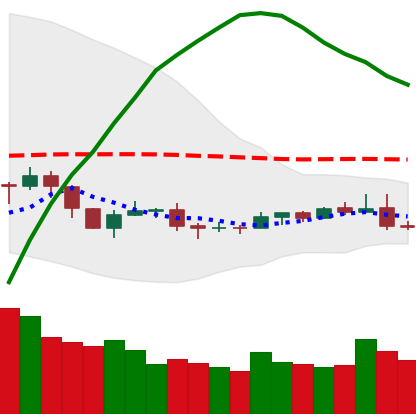
Ticker: NEO-USD
Chart end date: 2019-08-07
Forward return: -5.565%
Label: down_5_7